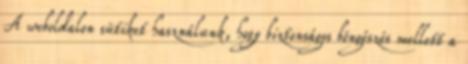
A weboldalon sütiket használunk, hogy biztonságos böngészés mellett a